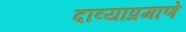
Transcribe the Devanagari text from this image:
दाव्याप्रमाणे